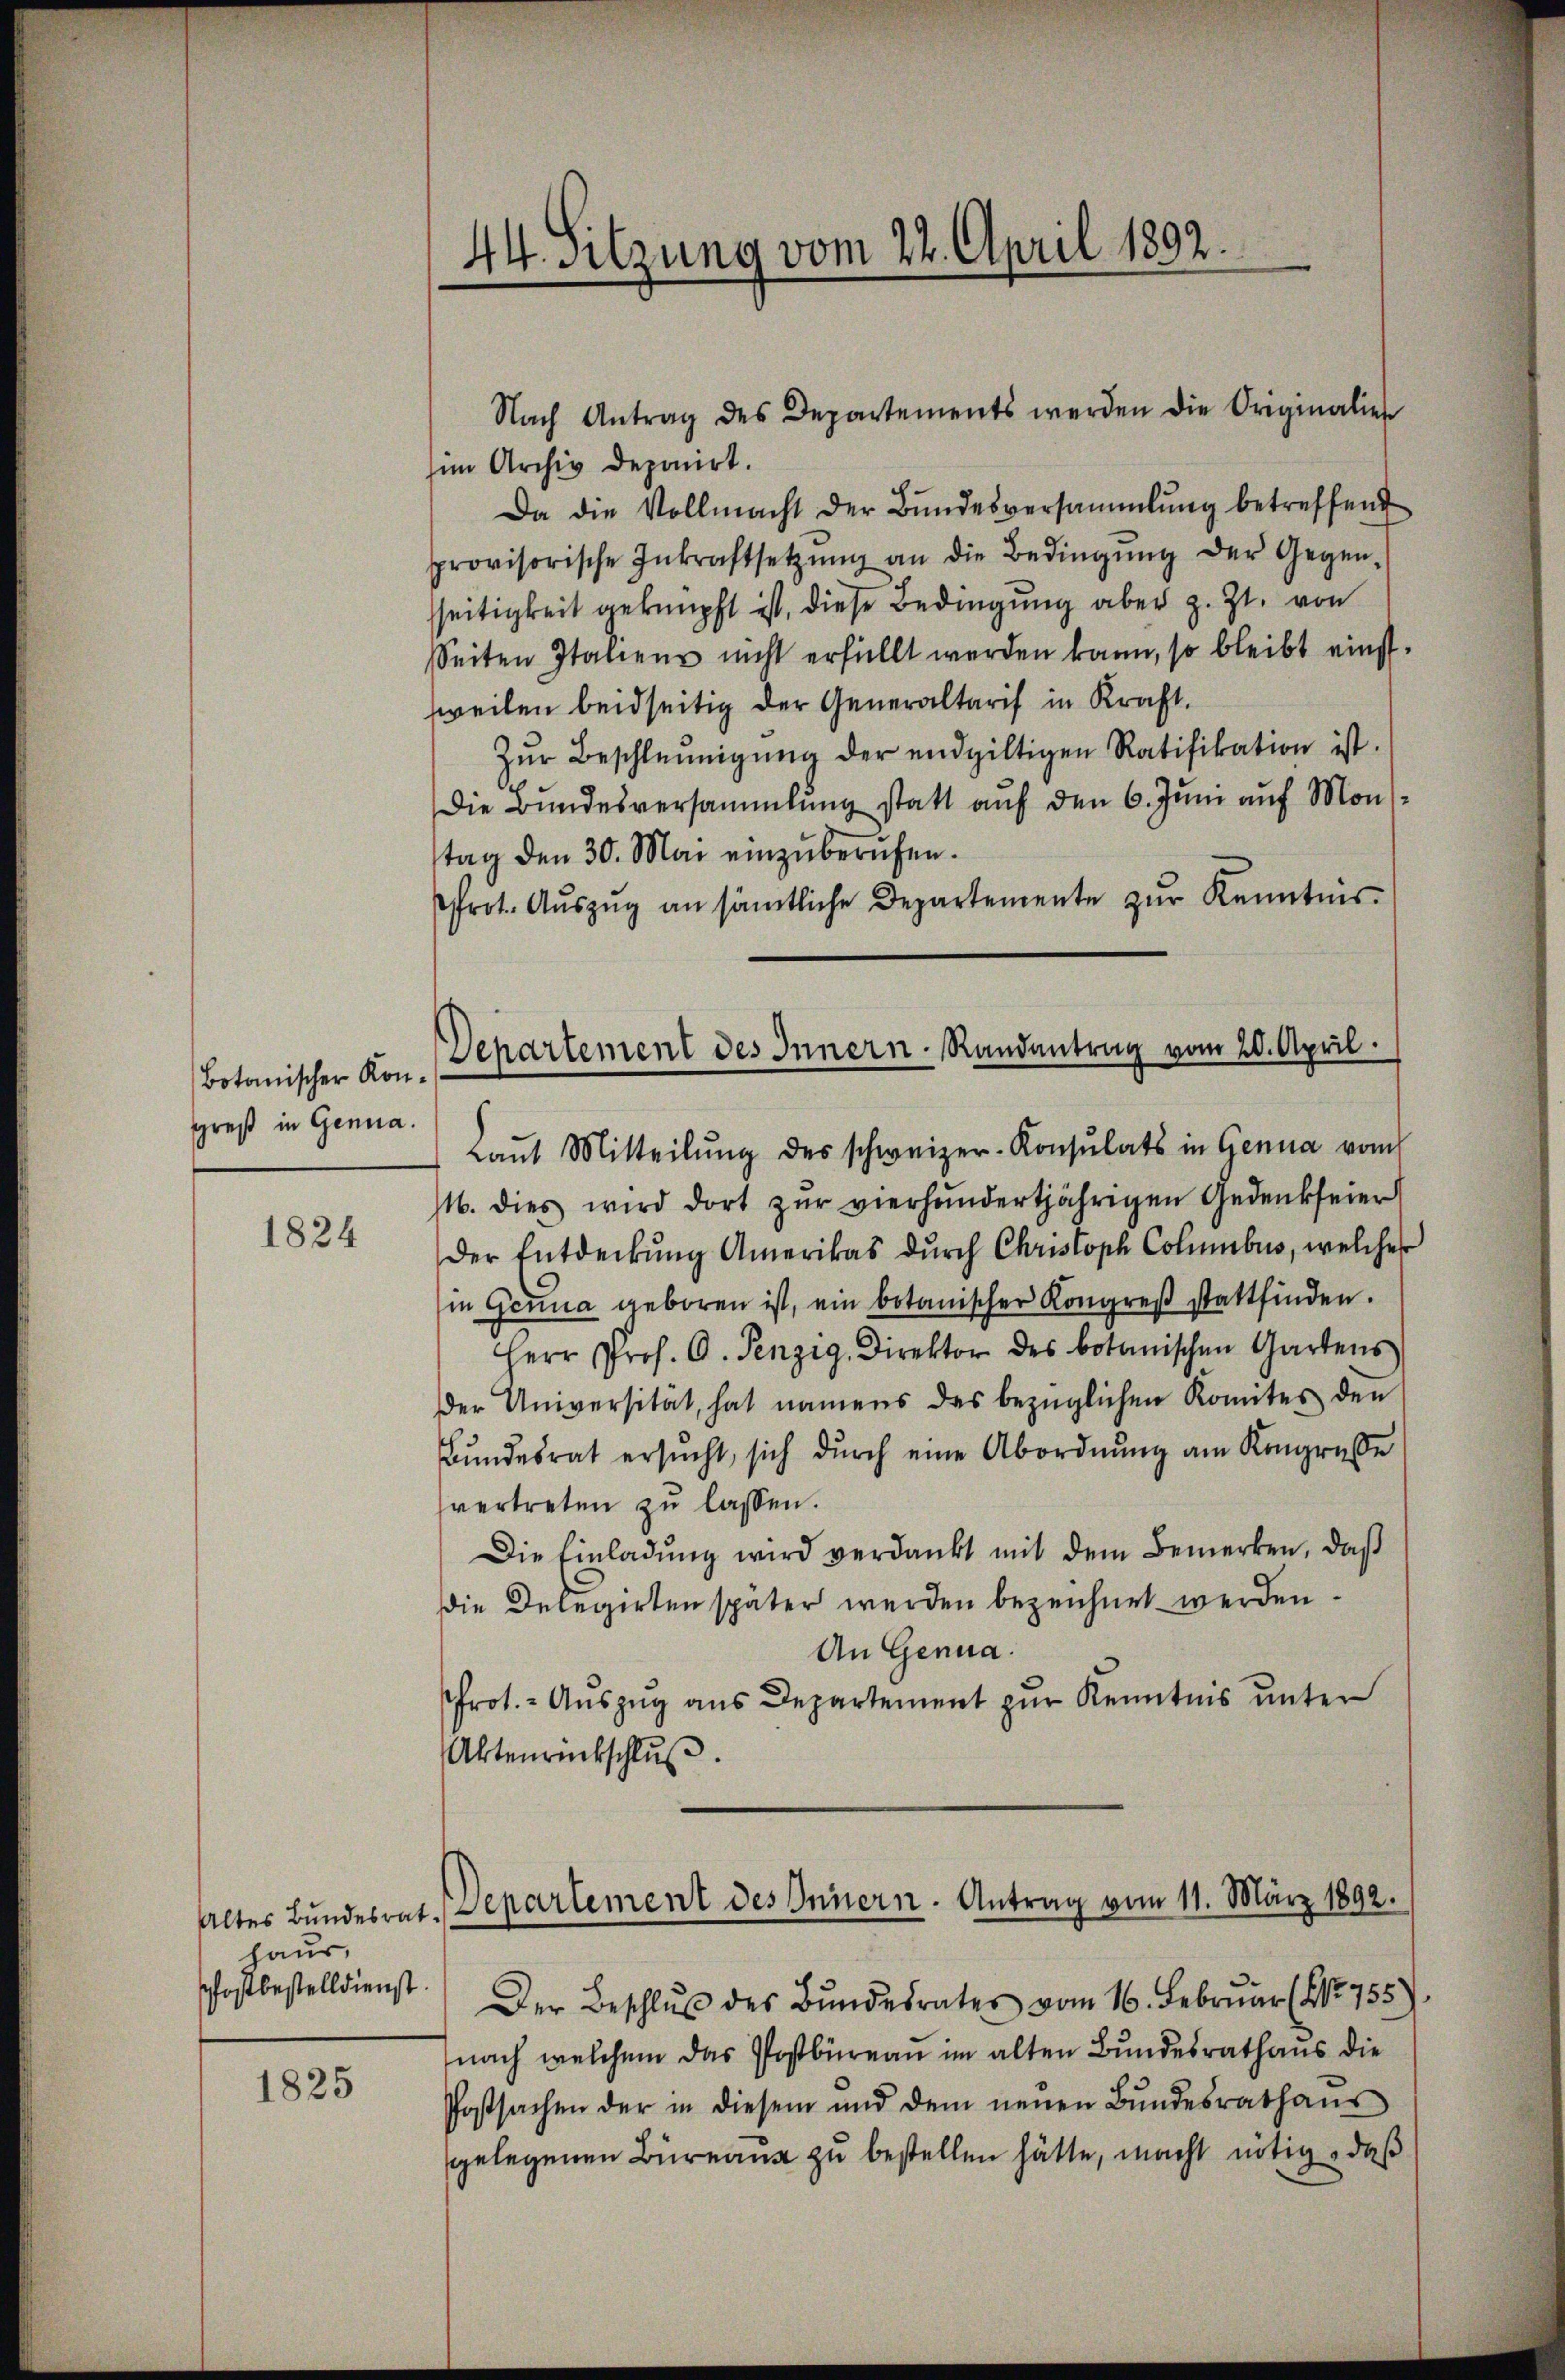
Botanischer Kongreß in Genua.

1824

haus,
pfostbestelldienst.

1825

Nach Antrag des Departements werden die Originalien
sin Archiv deponirt.
Da die Vollmacht der Bŭndesversammlung betreffend
provisorische Inkraftsetzŭng an die Bedingŭng der Gegen-
sseitigkeit geknüpft ist, diese Bedingung aber z. Zt. von
Seiten Italiens nicht erfüllt werden kann, so bleibt einstweilen beidseitig der Generaltarif in Kraft.
Zŭr Beschleunigŭng der endgültigen Ratifikation ist.
Die Bundesversammlung statt auf den 6. Juni auf Mon
tag den 30. Mai einzuberufen.
rot. Aŭszŭg an sämtliche Departemente zŭr Kenntnis
Laŭt Mitteilŭng des schweizer-Konsulats in Genua vom
M. dies wird dort zŭr vierhundertjährigen Gedenkseier
Der Entdeckŭng Amerikas dŭrch Christoph Coluibus, welcher
in Genua geboren ist, ein botanischer Kongreß stattfinden.
Herr Prof. C. Penzig, Direktor des botanischen Gartens
er Universität, hat namens des bezüglichen Komites den
Bŭndesrat ersŭcht, sich dŭrch eine Abordnŭng am Kongresse
vertreten zŭ lassen.
Die Einladŭng wird verdankt mit dem Bemerken, daß
die Delegirten später werden bezeichnet werden.
An Genua
Prot. - Auszug aus Departement zur Kenntnis unter
Aktenrückschlŭβ
Der Beschlŭβ des Bŭndesrates vom 16. Februar (Nr. 755).
nach welchem das Postbüreau im alten Bundesrathaus die
Postsachen der in diesem und dem neŭen Bŭndesrathaŭs
gelegenen Büreau zu bestellen hätte, macht nötig, daß

44. Sitzung vom 22. April 1892.

Departement des Innern Randantrag vom 20. April.

Altes Bundesrat. Departement des Innern. Antrag vom 11. März 1892.